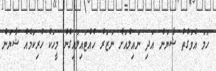
ހަމަ އެވަގުތު ޝާޔަން އަދި ނައިލްއަށް ނަޒަރު ހުއްޓައިލައިގެން މީހަކު ހުރިކަމެއް ޝާޔަން